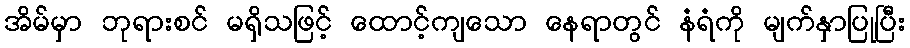
အိမ်မှာ ဘုရားစင် မရှိသဖြင့် ထောင့်ကျသော နေရာတွင် နံရံကို မျက်နှာပြုပြီး